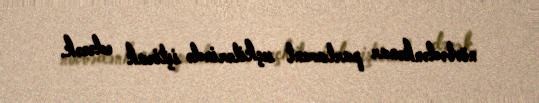
növbədənkənar parlament seçkilərində iştirak edəcək.